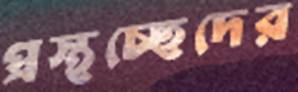
প্রস্থচ্ছেদের